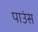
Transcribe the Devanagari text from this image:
पाउंस